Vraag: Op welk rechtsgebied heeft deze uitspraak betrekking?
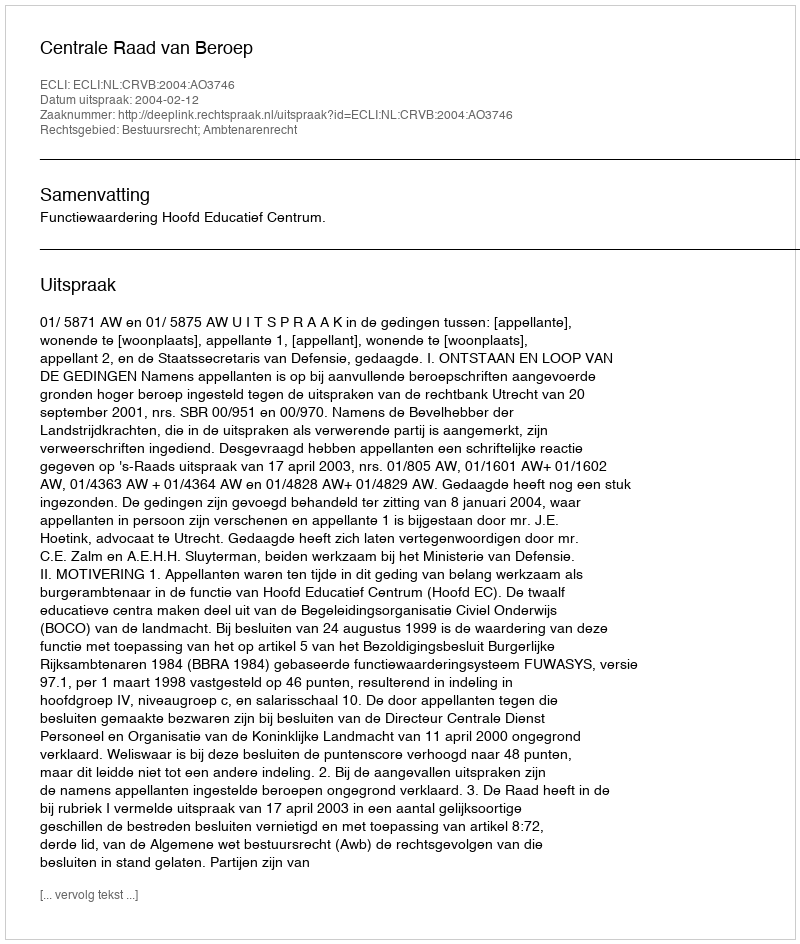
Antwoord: Bestuursrecht; Ambtenarenrecht